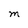
Character: M